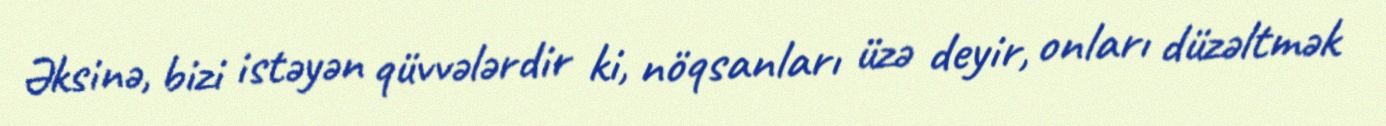
Əksinə, bizi istəyən qüvvələrdir ki, nöqsanları üzə deyir, onları düzəltmək